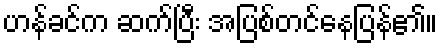
ဟန်ခင်က ဆက်ပြီး အပြစ်တင်နေပြန်၏။